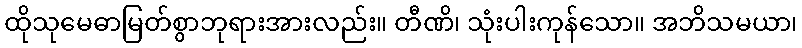
ထိုသုမေဓာမြတ်စွာဘုရားအားလည်း။ တီဏိ၊ သုံးပါးကုန်သော။ အဘိသမယာ၊